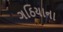
ગઠિયાના